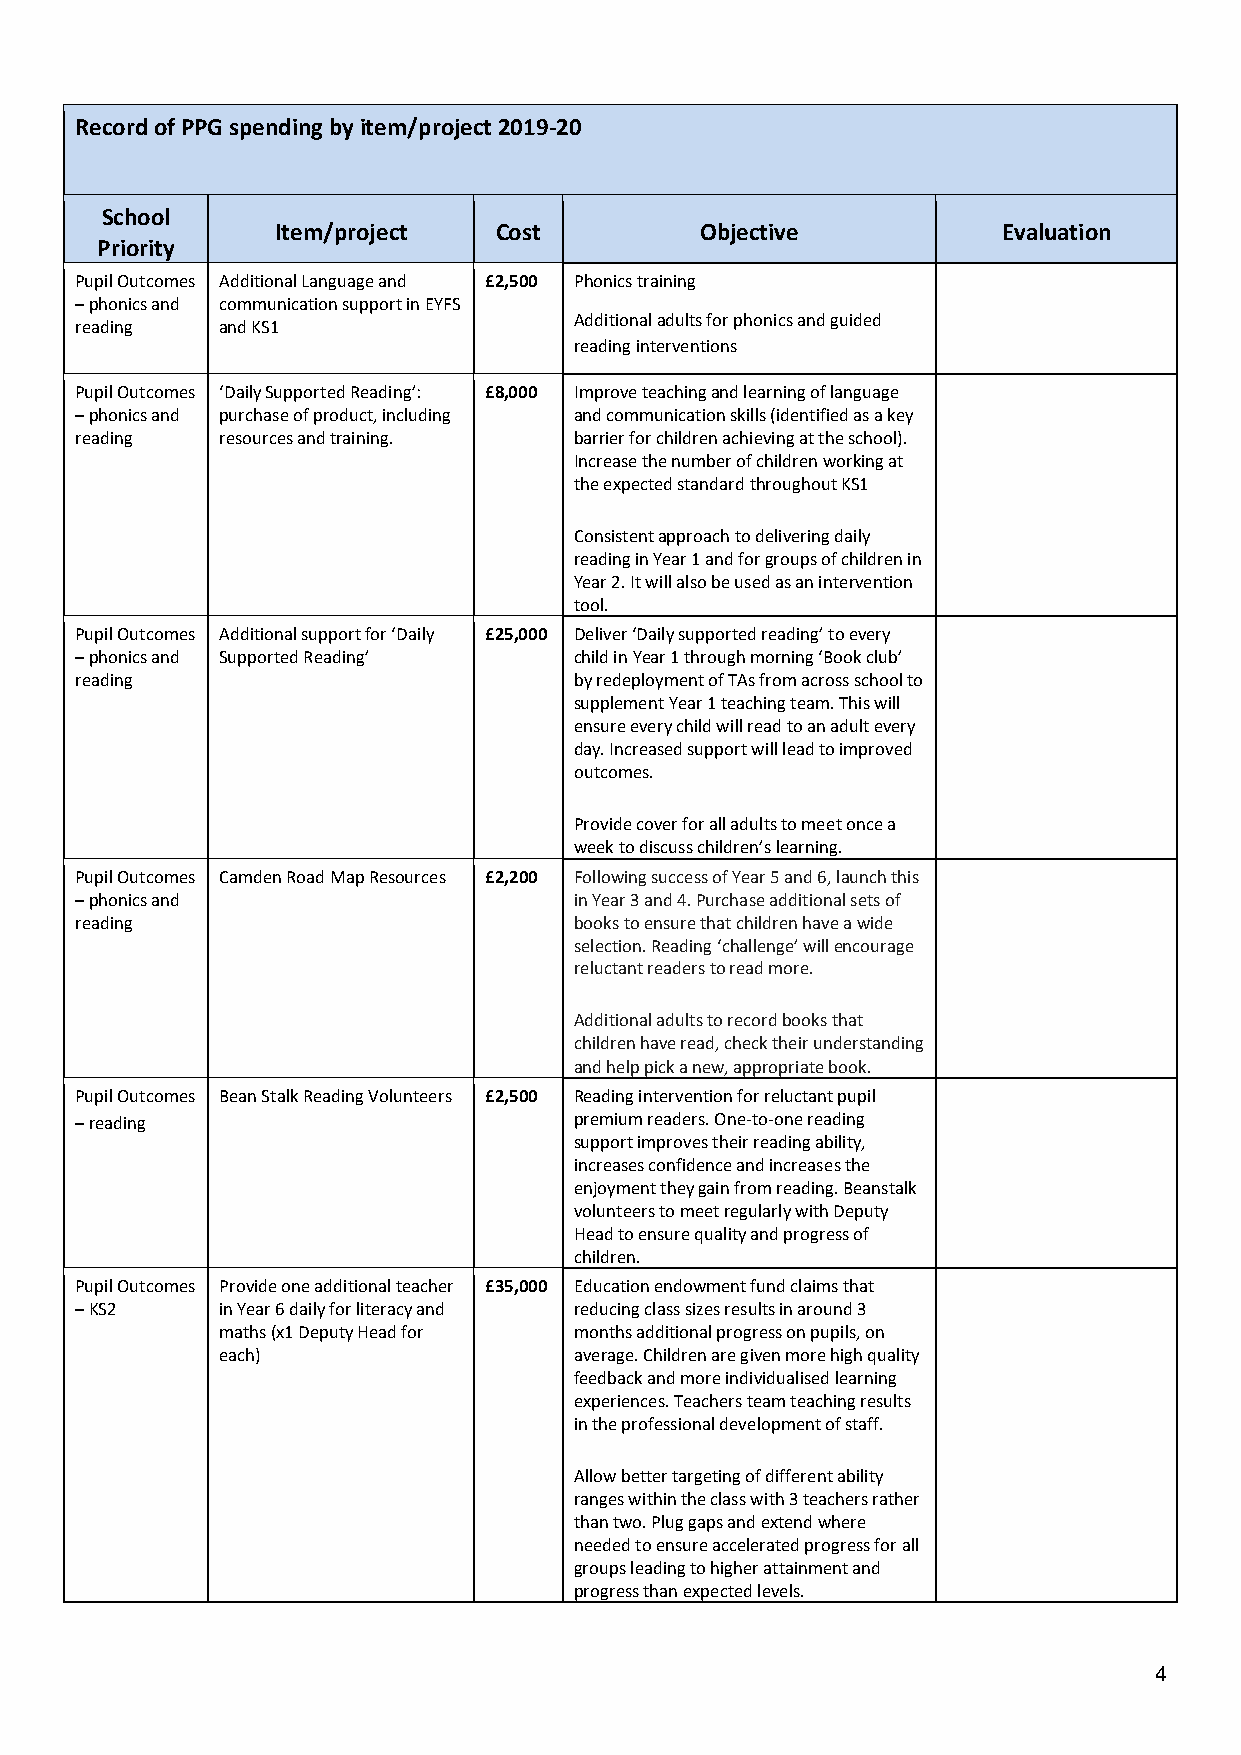
Record of PPG spending by item/project 2019-20
 School
 Item/project   Cost         Objective           Evaluation
 Priority
 Pupil Outcomes Additional Language and £2,500 Phonics training
 – phonics and communication support in EYFS
 Additional adults for phonics and guided
 reading   and KS1
 reading interventions
 Pupil Outcomes ‘Daily Supported Reading’: £8,000 Improve teaching and learning of language
 – phonics and purchase of product, including and communication skills (identified as a key
 reading   resources and training. barrier for children achieving at the school).
 Increase the number of children working at
 the expected standard throughout KS1
 Consistent approach to delivering daily
 reading in Year 1 and for groups of children in
 Year 2. It will also be used as an intervention
 tool.
 Pupil Outcomes Additional support for ‘Daily £25,000 Deliver ‘Daily supported reading’ to every
 – phonics and Supported Reading’ child in Year 1 through morning ‘Book club’
 reading                          by redeployment of TAs from across school to
 supplement Year 1 teaching team. This will
 ensure every child will read to an adult every
 day. Increased support will lead to improved
 outcomes.
 Provide cover for all adults to meet once a
 week to discuss children’s learning.
 Pupil Outcomes Camden Road Map Resources £2,200 Following success of Year 5 and 6, launch this
 – phonics and                    in Year 3 and 4. Purchase additional sets of
 reading                          books to ensure that children have a wide
 selection. Reading ‘challenge’ will encourage
 reluctant readers to read more.
 Additional adults to record books that
 children have read, check their understanding
 and help pick a new, appropriate book.
 Pupil Outcomes Bean Stalk Reading Volunteers £2,500 Reading intervention for reluctant pupil
 – reading                        premium readers. One-to-one reading
 support improves their reading ability,
 increases confidence and increases the
 enjoyment they gain from reading. Beanstalk
 volunteers to meet regularly with Deputy
 Head to ensure quality and progress of
 children.
 Pupil Outcomes Provide one additional teacher £35,000 Education endowment fund claims that
 – KS2     in Year 6 daily for literacy and reducing class sizes results in around 3
 maths (x1 Deputy Head for months additional progress on pupils, on
 each)                  average. Children are given more high quality
 feedback and more individualised learning
 experiences. Teachers team teaching results
 in the professional development of staff.
 Allow better targeting of different ability
 ranges within the class with 3 teachers rather
 than two. Plug gaps and extend where
 needed to ensure accelerated progress for all
 groups leading to higher attainment and
 progress than expected levels.
 4